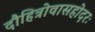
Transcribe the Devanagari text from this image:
दौहित्रोवासहोदरः